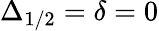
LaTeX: \Delta_{1/2}=\delta=0